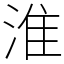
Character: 淮